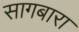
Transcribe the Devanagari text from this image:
सागबारा